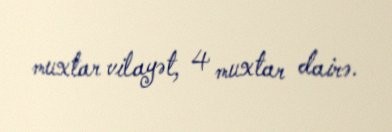
muxtar vilayət, 4 muxtar dairə.